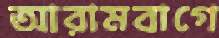
আরামবাগে